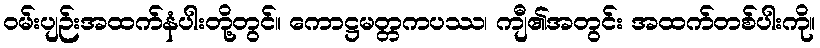
ဝမ်းပျဉ်းအထက်နံပါးတို့တွင်။ ကောဋ္ဌမတ္တကပဿ၊ ကျီ၏အတွင်း အထက်တစ်ပါးကို။